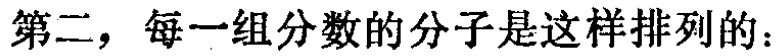
第二，每一组分数的分子是这样排列的：